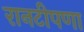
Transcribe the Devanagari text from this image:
रानटीपणा